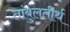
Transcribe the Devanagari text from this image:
तांबुलतीर्थ